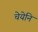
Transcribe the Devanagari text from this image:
चेयेनि